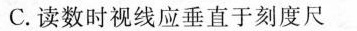
C.读数时视线应垂直于刻度尺